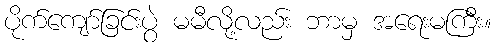
ပိုက်ကျော်ခြင်းပွဲ မမီလို့လည်း ဘာမှ အရေးမကြီး။